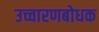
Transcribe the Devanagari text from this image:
उच्चारणबोधक